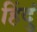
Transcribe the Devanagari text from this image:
हिंदुं